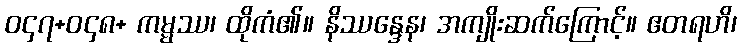
ဝ၄၇+ဝ၄၈+ ကမ္မဿ၊ ထိုကံ၏။ နိဿန္ဒေန၊ အကျိုးဆက်ကြောင့်။ ဧတရဟိ၊